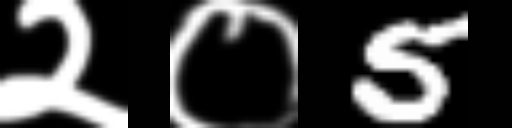
Text: २०5